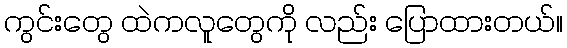
ကွင်းတွေ ထဲကလူတွေကို လည်း ပြောထားတယ်။